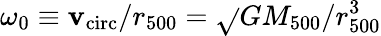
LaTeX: \omega_{0}\equiv\mathbf{v}_{\mathrm{{circ}}}/r_{500}=\sqrt{}{{GM_{500}/r_{500}^{3}}}